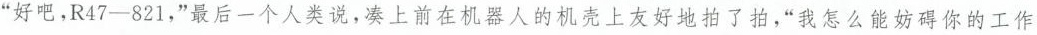
“好吧，R47—821，”最后一个人类说，凑上前在机器人的机壳上友好地拍了拍，“我怎么能妨碍你的工作